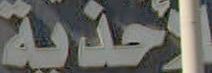
للأحذية